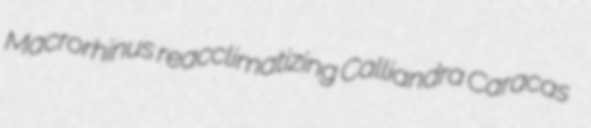
Macrorhinus reacclimatizing Calliandra Caracas